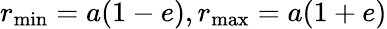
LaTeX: r_{\operatorname*{min}}=a(1-e),r_{\operatorname*{max}}=a(1+e)